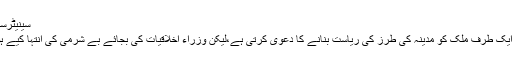
سینیٹرسراج الحق
حکومت ایک طرف ملک کو مدینہ کی طرز کی ریاست بنانے کا دعویٰ کرتی ہے،لیکن وزراء اخلاقیات کی بجائے بے شرمی کی انتہا کیے ہوئے ہیں۔